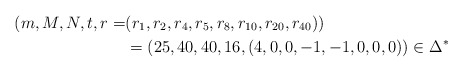
\begin{align*}(m,M,N,t,r=&(r_1, r_2, r_4, r_5, r_8, r_{10}, r_{20}, r_{40}))\\&=(25,40,40,16,(4, 0, 0, -1, -1, 0, 0, 0))\in\Delta^*\end{align*}